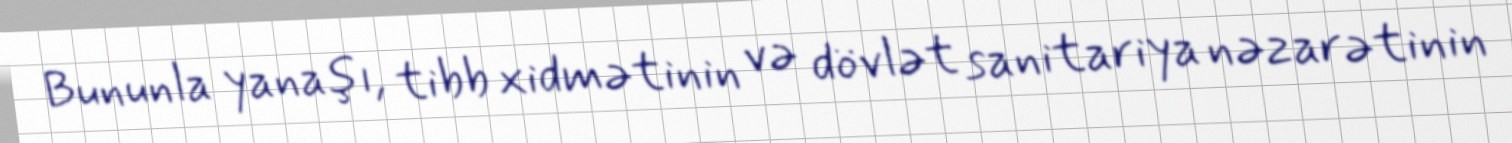
Bununla yanaşı, tibb xidmətinin və dövlət sanitariya nəzarətinin